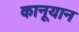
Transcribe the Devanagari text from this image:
कानूयान